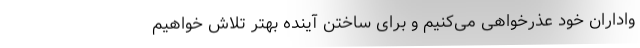
واداران خود عذرخواهی می‌کنیم ‌و برای ساختن آینده بهتر تلاش خواهیم